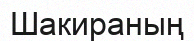
Шакираның